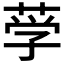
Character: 𰱚